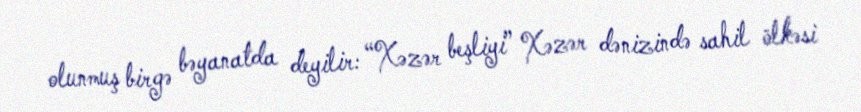
olunmuş birgə bəyanatda deyilir: “Xəzər beşliyi” Xəzər dənizində sahil ölkəsi